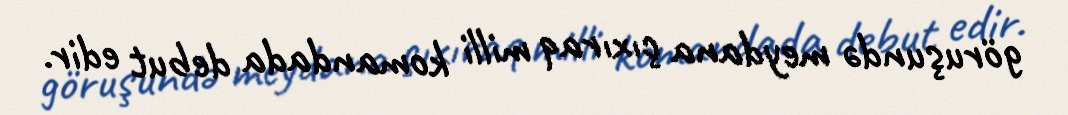
göruşundə meydana çıxıraq milli komandada debut edir.